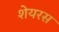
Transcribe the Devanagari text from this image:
शेयरस